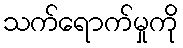
သက်ရောက်မှုကို